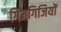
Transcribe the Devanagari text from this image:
गिजगिजियों